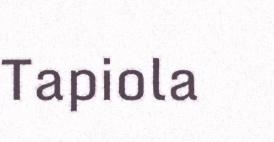
Tapiola